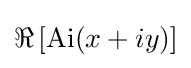
\Re \left[\operatorname {Ai} (x+iy)\right]